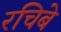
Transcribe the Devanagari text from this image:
रचिबे